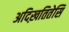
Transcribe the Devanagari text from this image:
अदिख़तितेसि